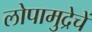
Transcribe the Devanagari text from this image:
लोपामुद्रेचें